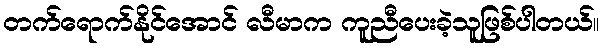
တက်ရောက်နိုင်အောင် လီမာက ကူညီပေးခဲ့သူဖြစ်ပါတယ်။